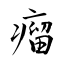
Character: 瘤